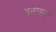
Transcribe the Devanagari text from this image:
अलेस्संड्रो